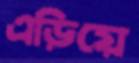
এড়িয়ে